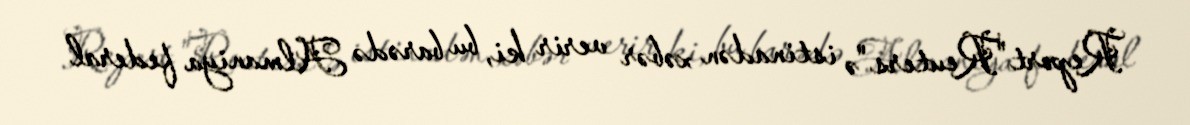
Report"Reuters"ə istinadən xəbər verir ki, bu barədə Almaniya federal